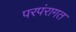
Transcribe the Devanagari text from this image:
परपंरागत